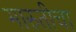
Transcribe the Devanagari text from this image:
मारुतीचा